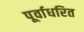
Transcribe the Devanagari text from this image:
पूर्वाधरित